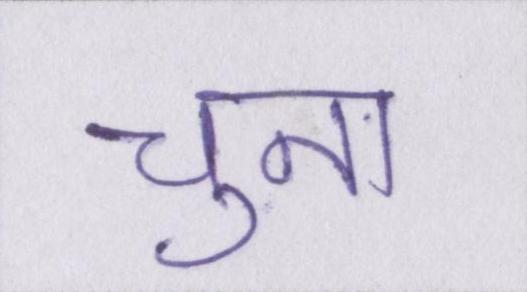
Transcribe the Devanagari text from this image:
चुना